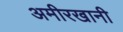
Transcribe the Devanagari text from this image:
अमीरखानी